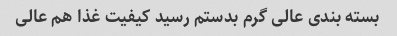
بسته بندی عالی گرم بدستم رسید کیفیت غذا هم عالی